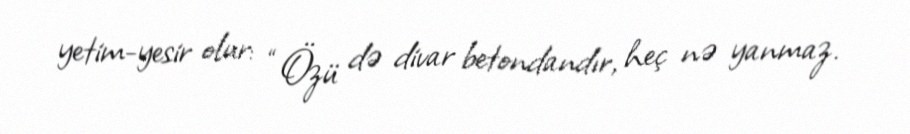
yetim-yesir olur: “Özü də divar betondandır, heç nə yanmaz.